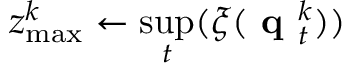
z _ { \mathrm { m a x } } ^ { k } \leftarrow \underset { t } { \operatorname* { s u p } } ( \xi ( \textbf { q } _ { t } ^ { k } ) )